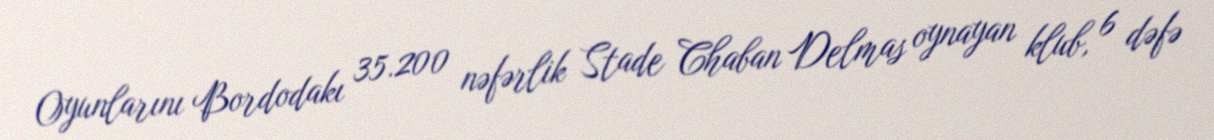
Oyunlarını Bordodakı 35.200 nəfərlik Stade Chaban Delmas oynayan klub, 6 dəfə